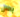
بحال